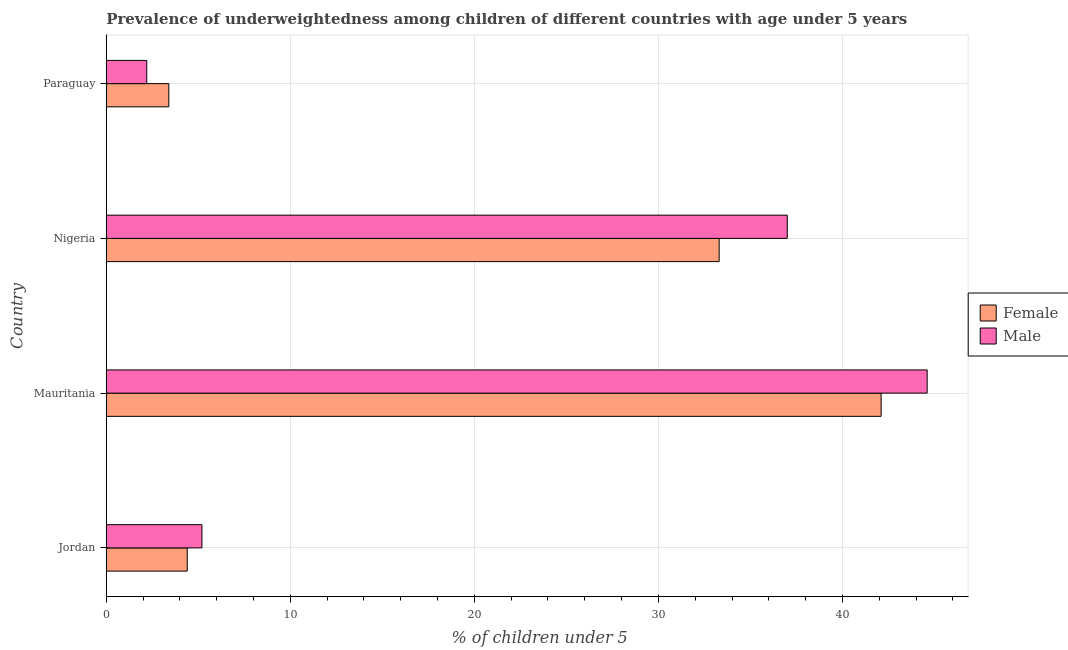
| Country | Female | Male |
 | --- | --- | --- |
 | Jordan | 4.4 | 5.2 |
 | Mauritania | 42.1 | 44.6 |
 | Nigeria | 33.3 | 37 |
 | Paraguay | 3.4 | 2.2 |